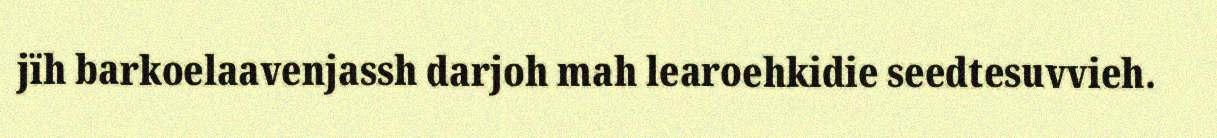
jïh barkoelaavenjassh darjoh mah learoehkidie seedtesuvvieh.